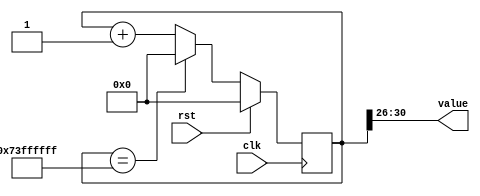
/*
   This file was generated automatically by the Mojo IDE version B1.3.6.
   Do not edit this file directly. Instead edit the original Lucid source.
   This is a temporary file and any changes made to it will be destroyed.
*/

/*
   Parameters:
     SIZE = $clog2(TOTAL_CASES)
     DIV = 26
     TOP = TOTAL_CASES
     UP = 1
*/
module counter_17 (
    input clk,
    input rst,
    output reg [4:0] value
  );
  
  localparam SIZE = 3'h5;
  localparam DIV = 5'h1a;
  localparam TOP = 5'h1c;
  localparam UP = 1'h1;
  
  
  reg [30:0] M_ctr_d, M_ctr_q = 1'h0;
  
  localparam MAX_VALUE = 31'h73ffffff;
  
  always @* begin
    M_ctr_d = M_ctr_q;
    
    value = M_ctr_q[26+4-:5];
    if (1'h1) begin
      M_ctr_d = M_ctr_q + 1'h1;
      if (1'h1 && M_ctr_q == 31'h73ffffff) begin
        M_ctr_d = 1'h0;
      end
    end else begin
      M_ctr_d = M_ctr_q - 1'h1;
      if (1'h1 && M_ctr_q == 1'h0) begin
        M_ctr_d = 31'h73ffffff;
      end
    end
  end
  
  always @(posedge clk) begin
    if (rst == 1'b1) begin
      M_ctr_q <= 1'h0;
    end else begin
      M_ctr_q <= M_ctr_d;
    end
  end
  
endmodule